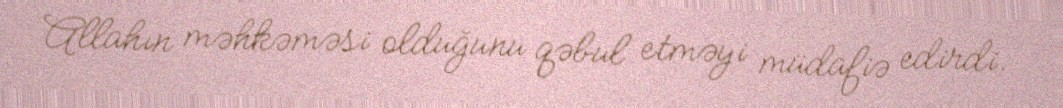
Allahın məhkəməsi olduğunu qəbul etməyi müdafiə edirdi.